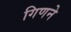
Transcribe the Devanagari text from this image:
गिणने